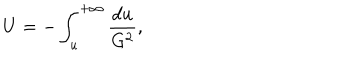
LaTeX: U = - \int _ { u } ^ { + \infty } \frac { d u } { G ^ { 2 } } ,